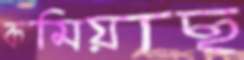
কমিয়াছ